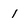
Character: 1